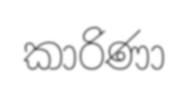
කාරිණා